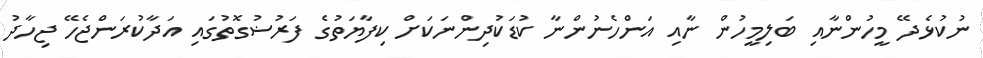
ނުކުޅެދޭ މީހުންނާއި ބަލިމީހުން ނާއި އަންހެނުންނާ ކުޑަކުދިންނަކަށް ކިފާޔަތުގެ ފަރުޟުގޮތުގައި އަދާކުރަންޖެހޭ ޖިހާދު